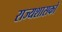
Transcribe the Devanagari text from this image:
राज्यशासकों